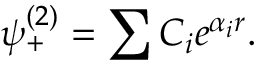
\psi _ { + } ^ { ( 2 ) } = \sum C _ { i } e ^ { \alpha _ { i } r } .